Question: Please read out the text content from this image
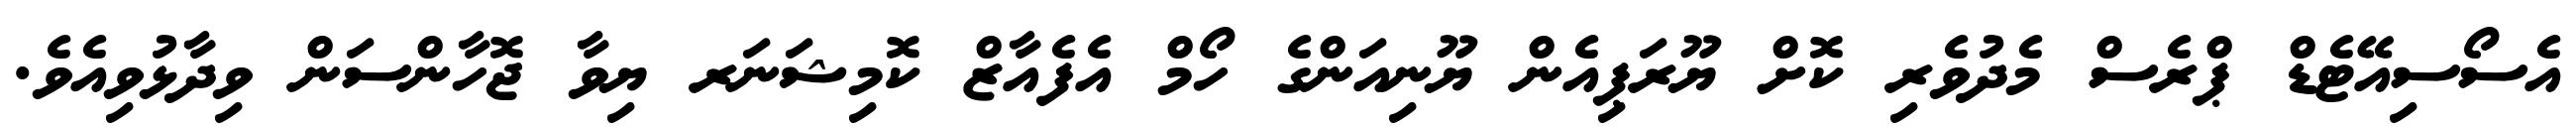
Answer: އެސޯސިއޭޓެޑް ޕްރެސް މެދުވެރި ކޮށް ޔޫރަޕިއެން ޔޫނިއަންގެ ހޯމް އެފެއާޒް ކޮމިޝަނަރ ޔިވާ ޖޮހާންސަން ވިދާޅުވިއެވެ.